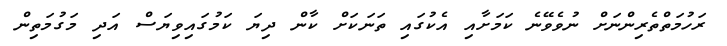
ރަހުމަތްތެރިންނަށް ނުވެވޭނެ ކަމަށާއި އެކުގައި ތަނަކަށް ކާން ދިޔަ ކަމުގައިވިޔަސް އަދި މަގުމަތިން